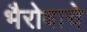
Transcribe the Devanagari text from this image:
भैरोबाचे